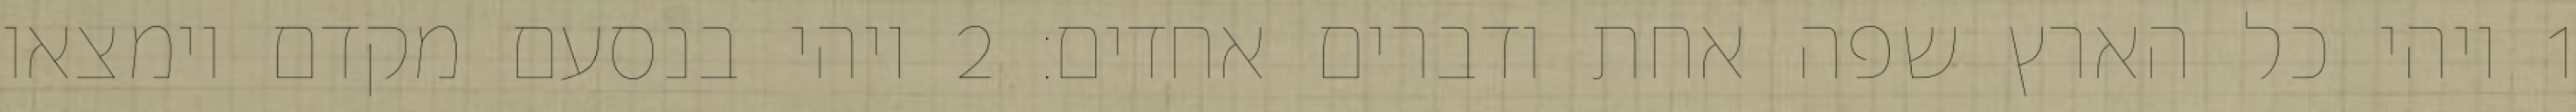
1 ויהי כל הארץ שפה אחת ודברים אחדים׃ ‎2‏ ויהי בנסעם מקדם וימצאו